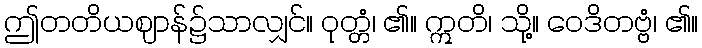
ဤတတိယဈာန်၌သာလျှင်။ ဝုတ္တံ၊ ၏။ ဣတိ၊ သို့။ ဝေဒိတဗ္ဗံ၊ ၏။